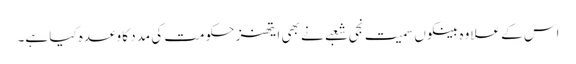
اس کے علاوہ بینکوں سمیت نجی شعبے نے بھی ایتھنز حکومت کی مدد کا وعدہ کیا ہے۔